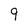
Character: 9